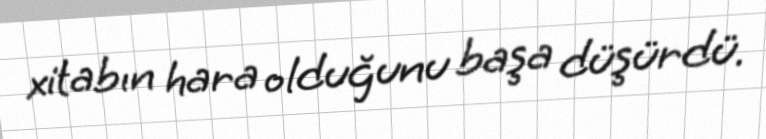
xitabın hara olduğunu başa düşürdü.